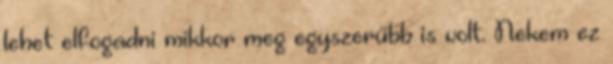
lehet elfogadni mikkor meg egyszerűbb is volt. Nekem ez